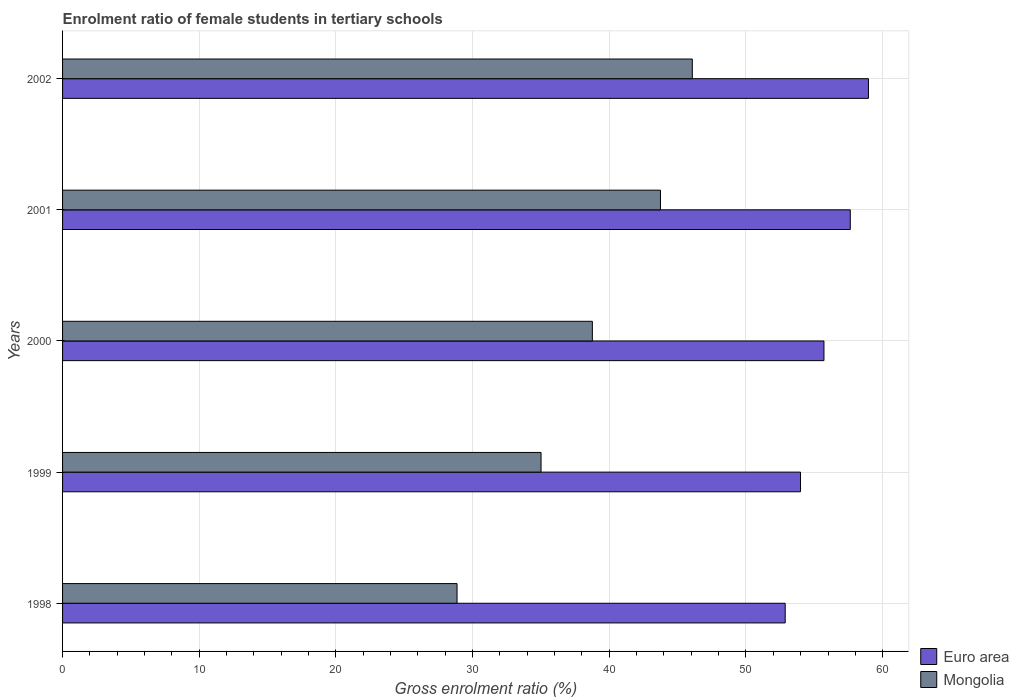
| Years | Euro area | Mongolia |
 | --- | --- | --- |
 | 1998 | 52.9 | 28.9 |
 | 1999 | 54 | 35 |
 | 2000 | 55.7 | 38.8 |
 | 2001 | 57.6 | 43.7 |
 | 2002 | 59 | 46.1 |